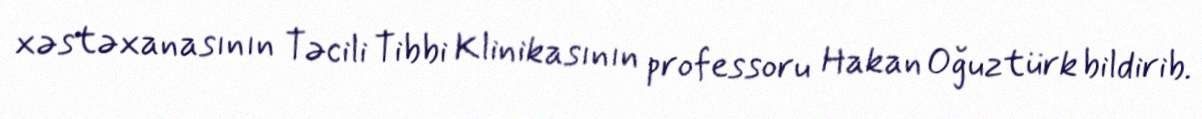
xəstəxanasının Təcili Tibbi Klinikasının professoru Hakan Oğuztürk bildirib.